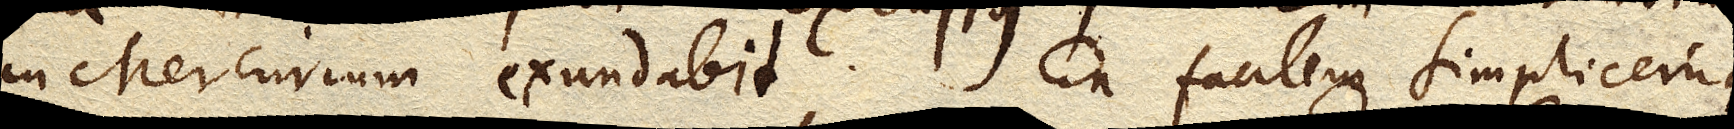
in Mercurium exundabit. En facilem simplicemque